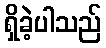
ရှိခဲ့ပါသည်